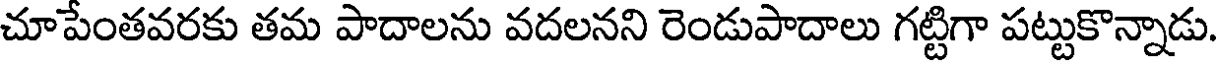
చూపేంతవరకు తమ పాదాలను వదలనని రెండుపాదాలు గట్టిగా పట్టుకొన్నాడు.